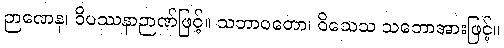
ဉာဏေန၊ ဝိပဿနာဉာဏ်ဖြင့်။ သဘာဝတော၊ ဝိသေသ သဘောအားဖြင့်။